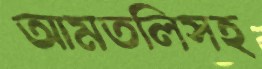
আমতলিসহ